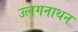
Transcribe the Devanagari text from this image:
उलगनाथन